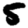
Digit: 5